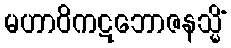
မဟာဝိကဋဘောဇနသ္မိံ